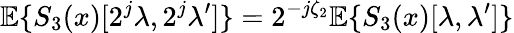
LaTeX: {\mathbb E}\{ S_{3}(x)[2^{j}\lambda,2^{j}\lambda^{\prime}]\} =2^{-j\zeta_{2}}{\mathbb E}\{ S_{3}(x)[\lambda,\lambda^{\prime}]\}